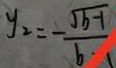
y _ { 2 } = - \frac { \sqrt { b - 1 } } { b - 1 }